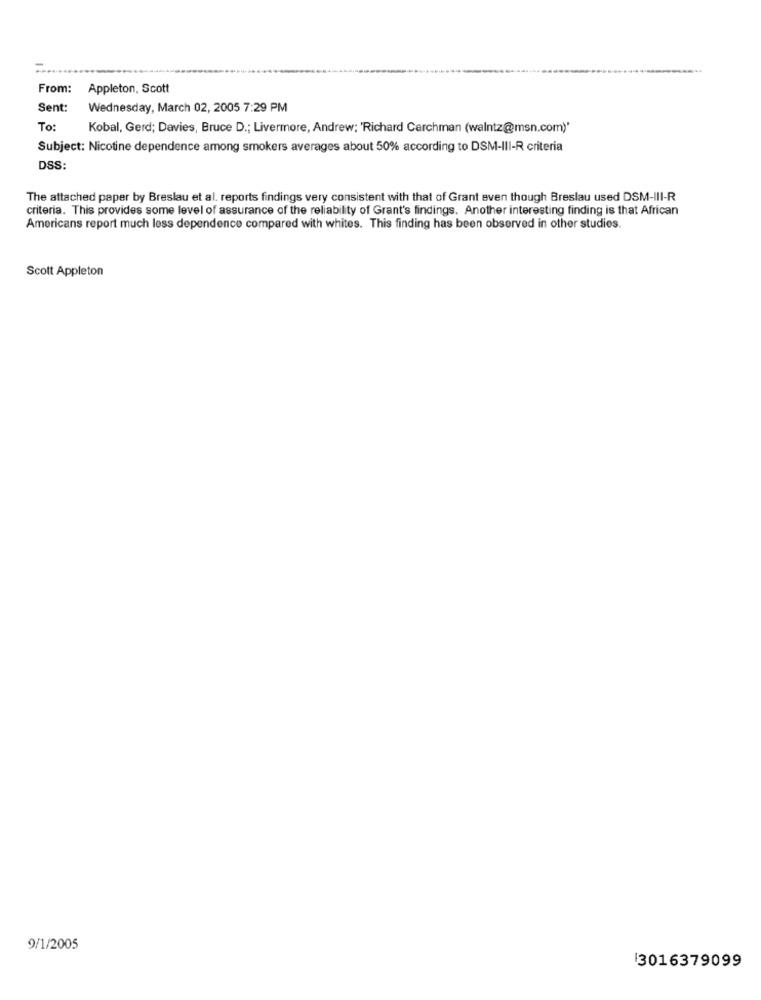
From:
Appleton, Scott
Sent:
Wednesday, March 02, 2005 7:29 PM
To:
Kobal, Gerd; Davies, Bruce D .; Livermore, Andrew: 'Richard Carchman (walntz@msn.com)*
Subject: Nicotine dependence among smokers averages about 50% according to DSM-III-R criteria
DSS:
The attached paper by Breslau et al. reports findings very consistent with that of Grant even though Breslau used DSM-III-R
criteria. This provides some level of assurance of the reliability of Grant's findings. Another interesting finding is that African
Americans report much less dependence compared with whites. This finding has been observed in other studies.
Scott Appleton
9/1/2005
3016379099